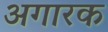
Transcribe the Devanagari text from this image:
अगारक